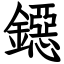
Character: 鐚